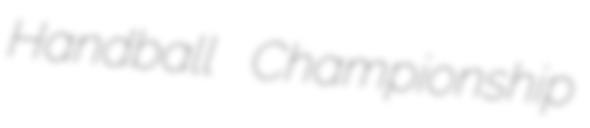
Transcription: Handball Championship